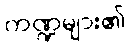
ကဏ္ဍများ၏